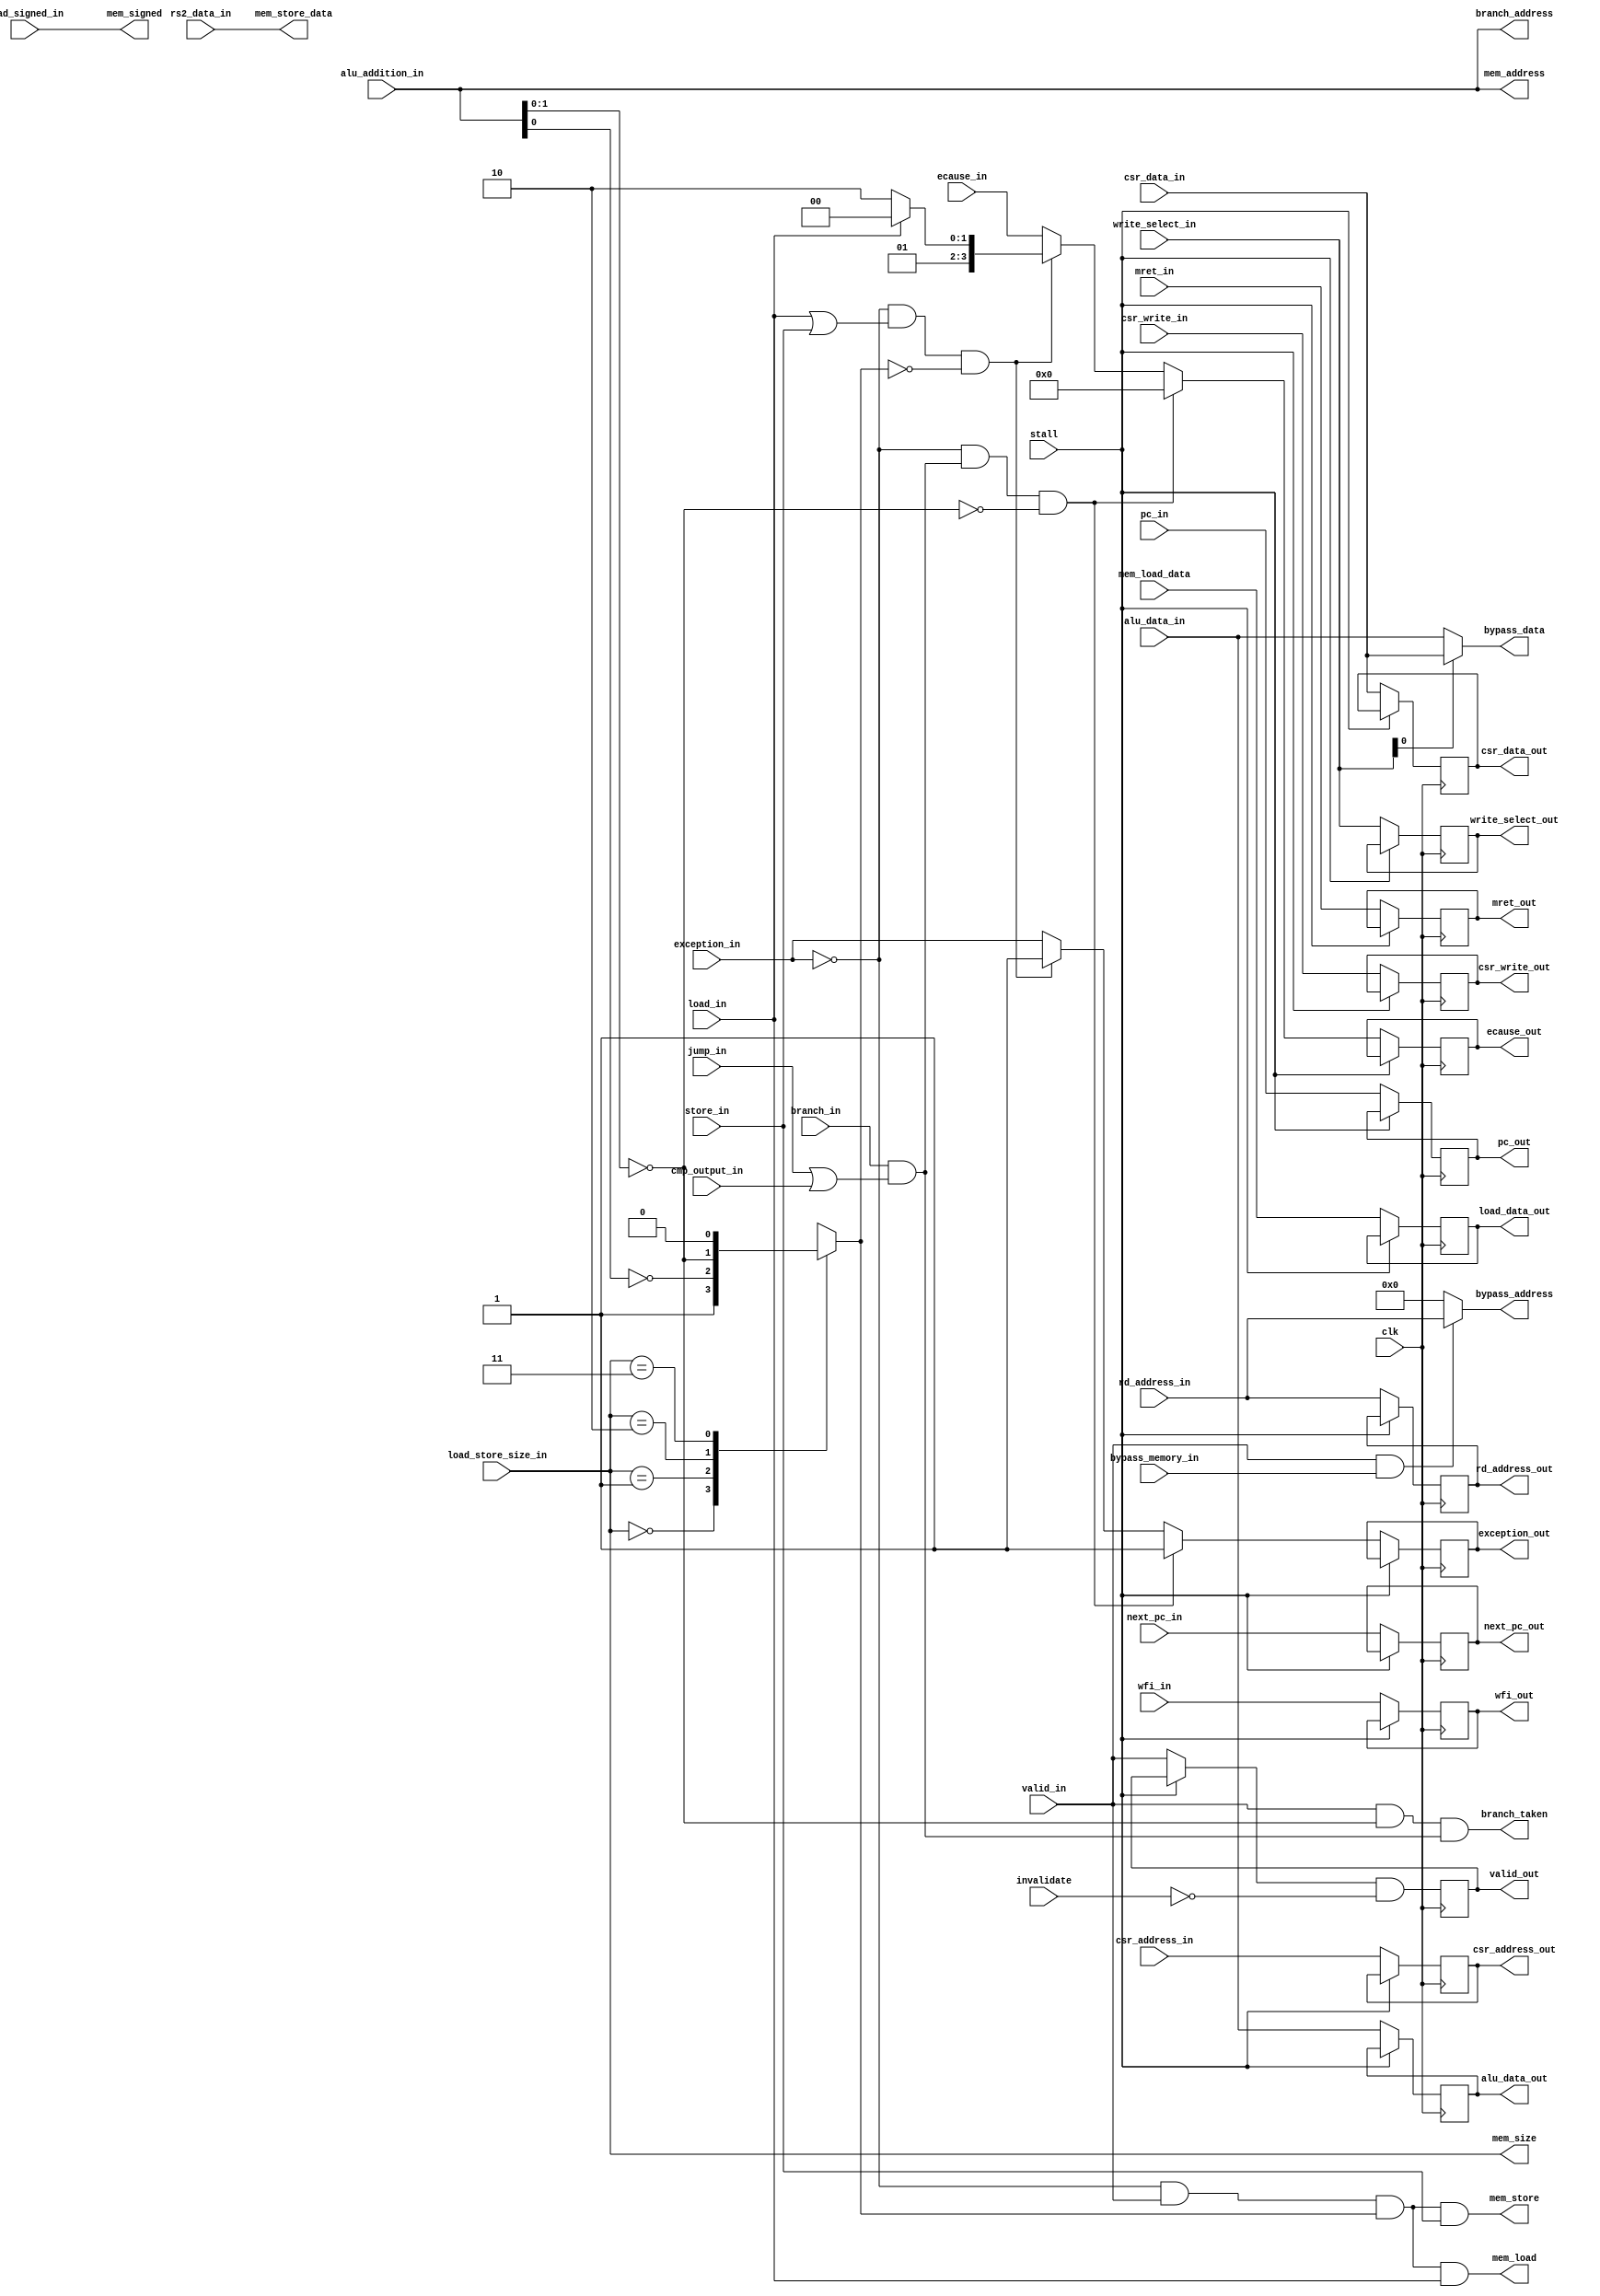
module memory (
    `ifdef USE_POWER_PINS
    inout vccd1,	// User area 1 1.8V supply
    inout vssd1,	// User area 1 digital ground
    `endif
    input clk,
    // from execute
    input [31:0] pc_in,
    input [31:0] next_pc_in,
    // from execute (control MEM)
    input [31:0] alu_data_in,
    input [31:0] alu_addition_in,
    input [31:0] rs2_data_in,
    input [31:0] csr_data_in,
    input branch_in,
    input jump_in,
    input cmp_output_in,
    input load_in,
    input store_in,
    input [1:0] load_store_size_in,
    input load_signed_in,
    input bypass_memory_in,
    // from execute (control WB)
    input [1:0] write_select_in,
    input [4:0] rd_address_in,
    input [11:0] csr_address_in,
    input csr_write_in,
    input mret_in,
    input wfi_in,
    // from execute
    input valid_in,
    input [3:0] ecause_in,
    input exception_in,
    
    // from hazard
    input stall,
    input invalidate,

    // to decode
    output [4:0] bypass_address,
    output [31:0] bypass_data,

    // to busio
    output [31:0] mem_address,
    output [31:0] mem_store_data,
    output [1:0] mem_size,
    output mem_signed,
    output mem_load,
    output mem_store,
    
    // from busio
    input [31:0] mem_load_data,
    
    // to fetch
    output branch_taken,
    output [31:0] branch_address,

    // to writeback
    output reg [31:0] pc_out,
    output reg [31:0] next_pc_out,
    // to writeback (control WB)
    output reg [31:0] alu_data_out,
    output reg [31:0] csr_data_out,
    output reg [31:0] load_data_out,
    output reg [1:0] write_select_out,
    output reg [4:0] rd_address_out,
    output reg [11:0] csr_address_out,
    output reg csr_write_out,
    output reg mret_out,
    output reg wfi_out,
    // to writeback
    output reg valid_out,
    output reg [3:0] ecause_out,
    output reg exception_out
);

wire to_execute = !exception_in && valid_in;

assign bypass_address = (valid_in && bypass_memory_in) ? rd_address_in : 5'h0;
assign bypass_data = write_select_in[0] ? csr_data_in : alu_data_in;

wire valid_branch_address = (alu_addition_in[1:0] == 0);
reg valid_mem_address;

always @(*) begin
    case (load_store_size_in)
        2'b00: valid_mem_address = 1;
        2'b01: valid_mem_address = (alu_addition_in[0] == 0);
        2'b10: valid_mem_address = (alu_addition_in[1:0] == 0);
        2'b11: valid_mem_address = 0;
    endcase
end

wire should_branch = branch_in && (jump_in || cmp_output_in);
assign branch_taken = valid_in && valid_branch_address && should_branch;
assign branch_address = alu_addition_in;

assign mem_load = to_execute && valid_mem_address && load_in;
assign mem_store = to_execute && valid_mem_address && store_in;
assign mem_size = load_store_size_in;
assign mem_signed = load_signed_in;
assign mem_address = alu_addition_in;
assign mem_store_data = rs2_data_in;

always @(posedge clk) begin
    valid_out <= (stall ? valid_out : valid_in) && !invalidate;
    if (!stall) begin
        pc_out <= pc_in;
        next_pc_out <= next_pc_in;
        alu_data_out <= alu_data_in;
        csr_data_out <= csr_data_in;
        load_data_out <= mem_load_data;
        write_select_out <= write_select_in;
        rd_address_out <= rd_address_in;
        csr_address_out <= csr_address_in;
        csr_write_out <= csr_write_in;
        mret_out <= mret_in;
        wfi_out <= wfi_in;
        if (!exception_in && should_branch && !valid_branch_address) begin
            ecause_out <= 0;
            exception_out <= 1;
        end else if (!exception_in && (load_in || store_in) && !valid_mem_address) begin
            ecause_out <= load_in ? 4'h4 : 4'h6;
            exception_out <= 1;
        end else begin
            ecause_out <= ecause_in;
            exception_out <= exception_in;
        end
    end
end

endmodule